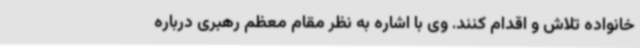
خانواده تلاش و اقدام کنند. وی با اشاره به نظر مقام معظم رهبری درباره